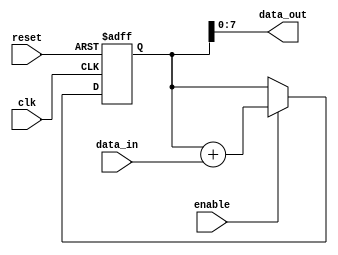
module PipelineAccumulator (
    input wire clk,
    input wire reset,
    input wire [7:0] data_in,
    input wire enable,
    output wire [7:0] data_out
);

reg [15:0] accumulator;

always @(posedge clk or posedge reset) begin
    if (reset) begin
        accumulator <= 0;
    end else begin
        if (enable) begin
            accumulator <= accumulator + data_in;
        end
    end
end

assign data_out = accumulator[7:0];

endmodule